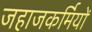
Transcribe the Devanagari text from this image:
जहाजकर्मियों